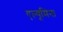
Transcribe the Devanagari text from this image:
एल्यूमिना